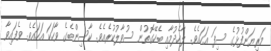
މަރިޔަންފުޅުގެ ސިފަ އަހައެވެ. ލާހެދުމާއި ބެހޭގޮތުން ސުވާލުކުރެއެވެ. ކާސިންބެގެ ވާހަކަ އަހައެވެ. ވެފައިވާ